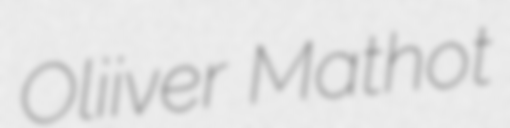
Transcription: Oliiver Mathot